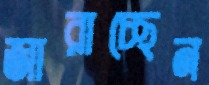
জারাচ্ছেন